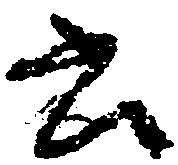
書